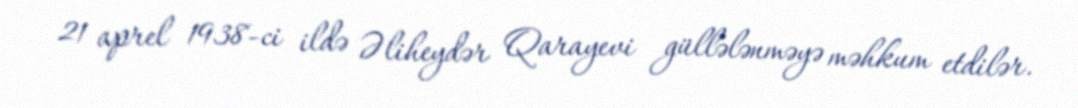
21 aprel 1938-ci ildə Əliheydər Qarayevi güllələnməyə məhkum etdilər.